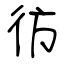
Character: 彷